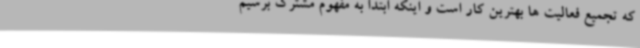
که تجمیع فعالیت ها بهترین کار است و اینکه ابتدا به مفهوم مشترک برسیم